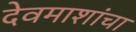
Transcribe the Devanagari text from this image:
देवमाशांचा